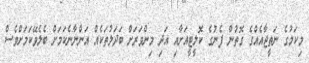
މިކަމުގެ ނަތީޖާއެއްގެ ގޮތުން ފެނުގެ ކޮލީޓީއަށާއި އަދި މިންވަރަށް ބަދަލުތަކެއް އަންނާނެކަމަށް ބެލެވޭކަމަށްވެސް